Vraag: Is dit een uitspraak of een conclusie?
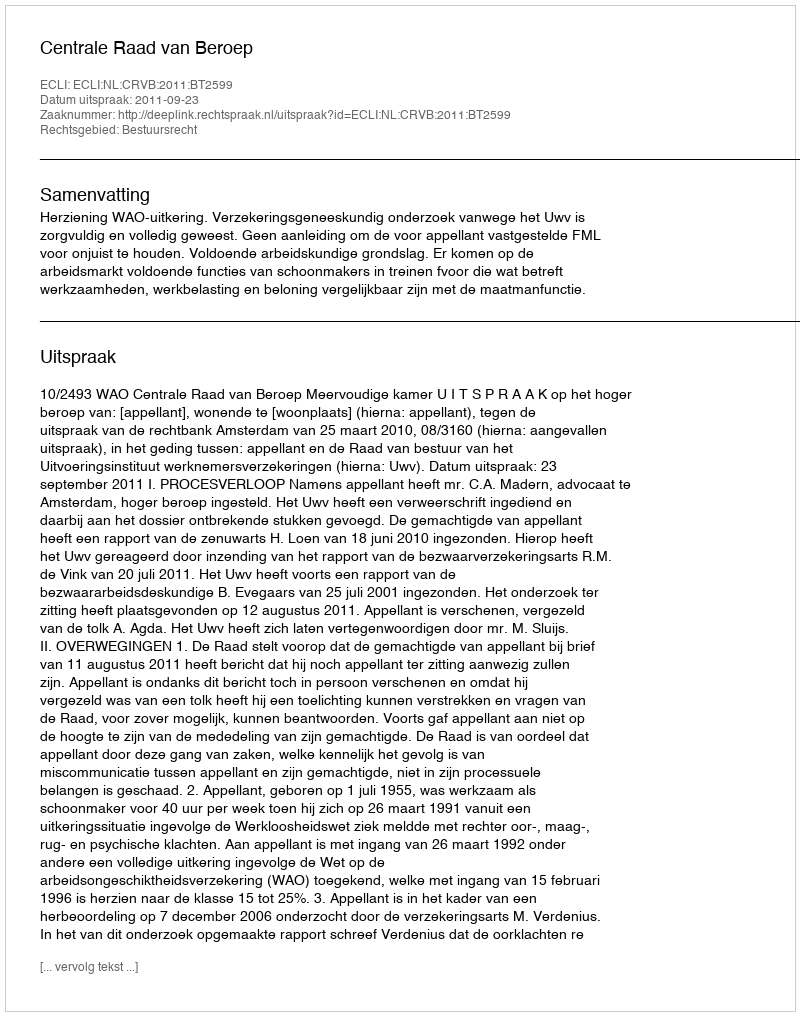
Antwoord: Uitspraak